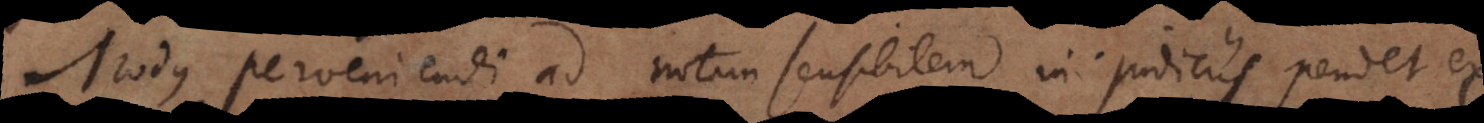
Modus perveniendi ad notam sensibilem in judiciis pendet ex